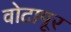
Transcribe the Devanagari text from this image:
वोटापूर